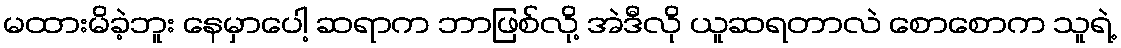
မထားမိခဲ့ဘူး နေမှာပေါ့ ဆရာက ဘာဖြစ်လို့ အဲဒီလို ယူဆရတာလဲ စောစောက သူရဲ့